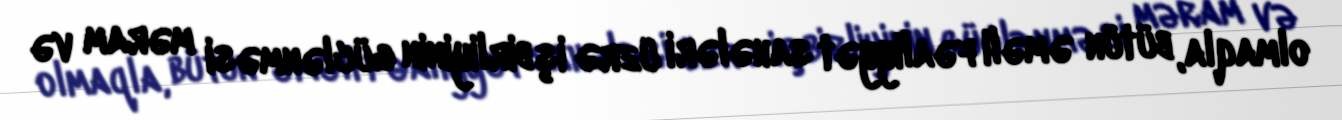
olmaqla, bütün əməli fəaliyyət sahələri üzrə işbirliyinin güclənməsi məram və